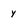
Character: y